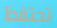
تحتفظ